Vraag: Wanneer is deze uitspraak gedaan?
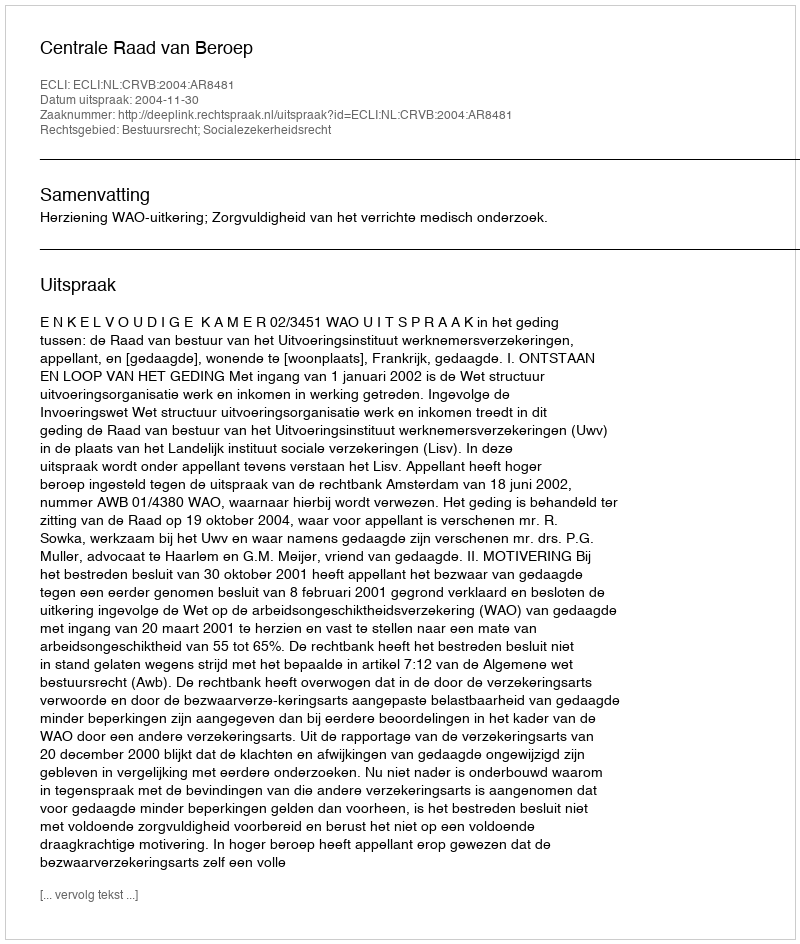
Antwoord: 2004-11-30